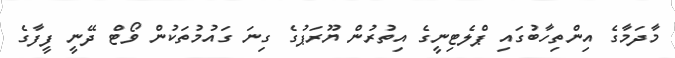
މާދަމާގެ އިންތިހާބުގައި ޕްލެޓިނީގެ އިތުރުން ޔޫރަޕުގެ ގިނަ ގައުމުތަކުން ވޯޓް ދޭނީ ފީފާގެ